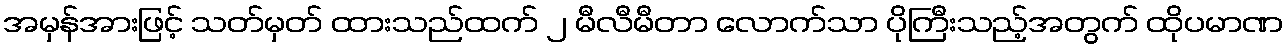
အမှန်အားဖြင့် သတ်မှတ် ထားသည်ထက် ၂ မီလီမီတာ လောက်သာ ပိုကြီးသည့်အတွက် ထိုပမာဏ